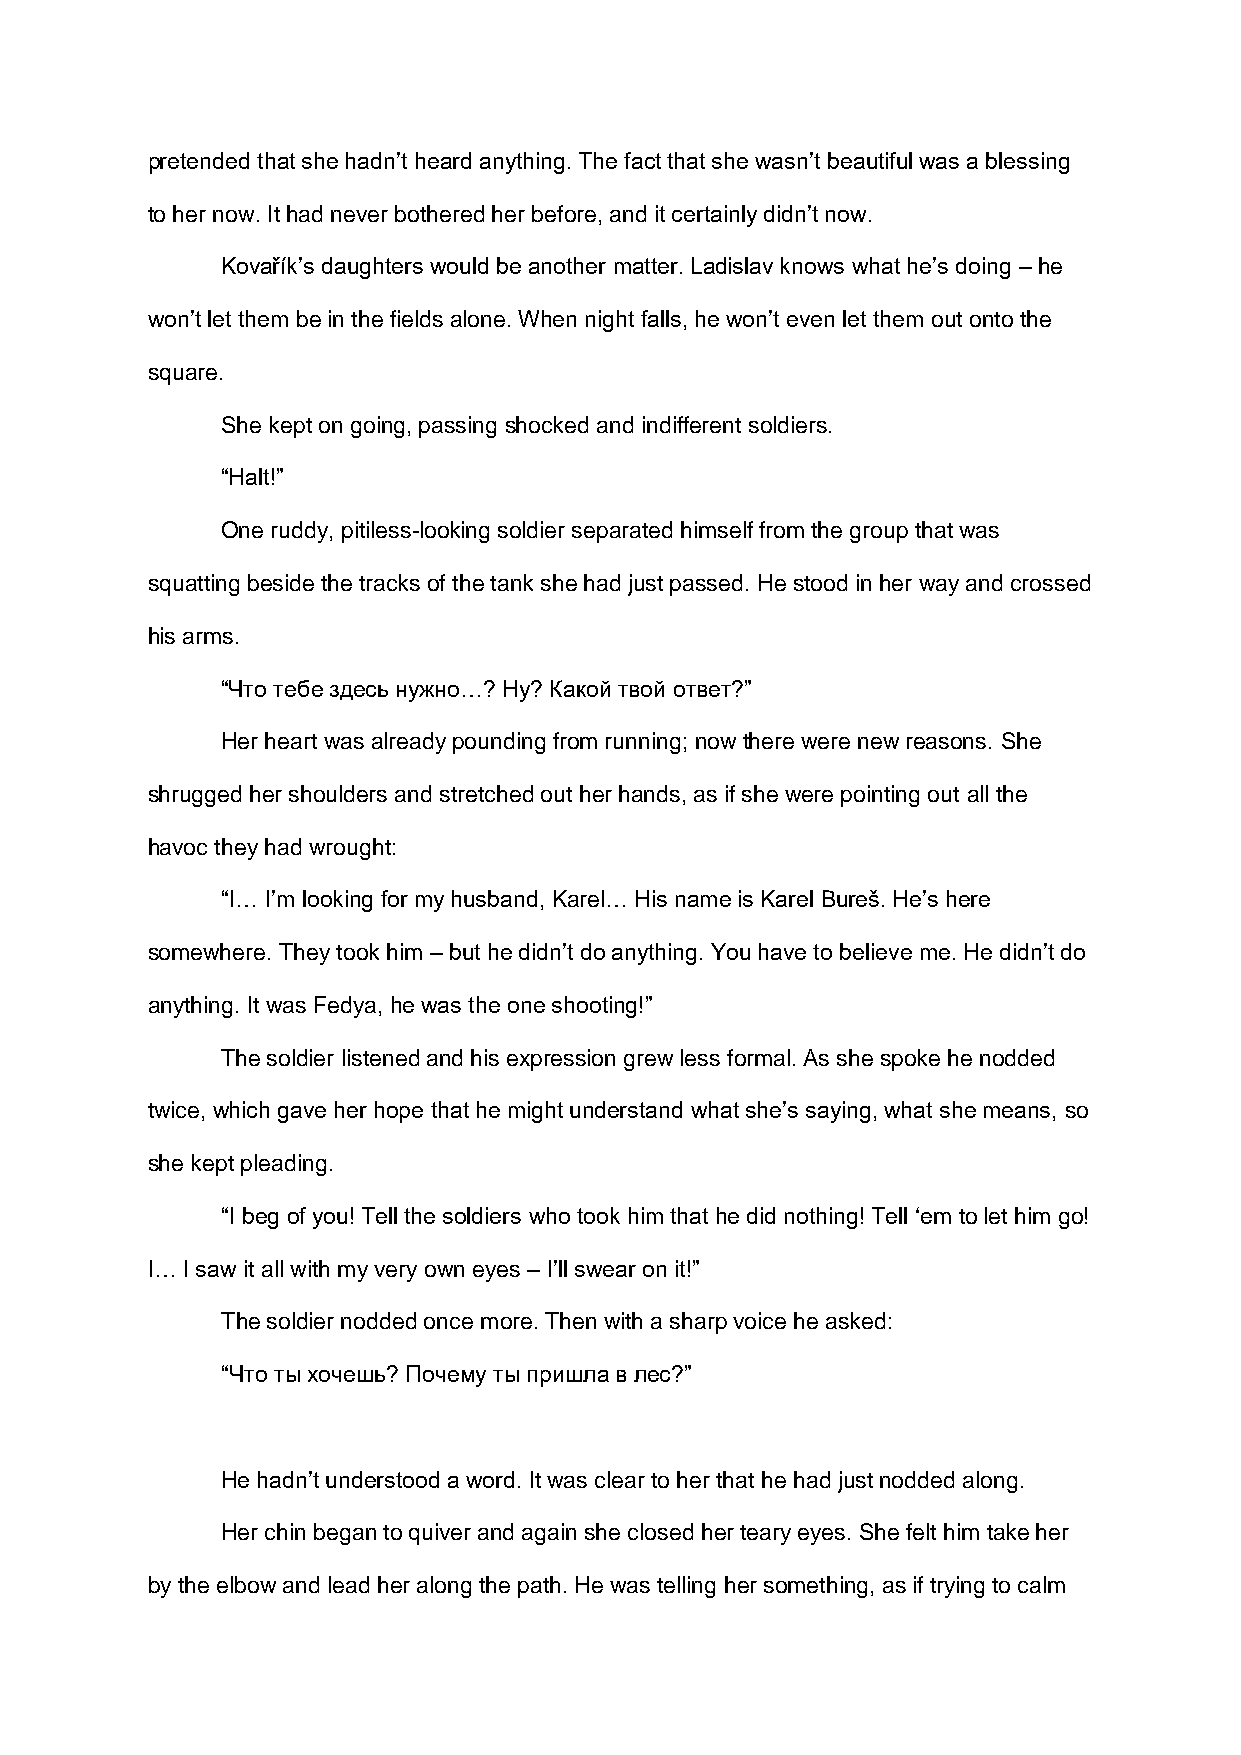
pretended that she hadn’t heard anything. The fact that she wasn’t beautiful was a blessing
 to her now. It had never bothered her before, and it certainly didn’t now.
 Kovařík’s daughters would be another matter. Ladislav knows what he’s doing – he
 won’t let them be in the fields alone. When night falls, he won’t even let them out onto the
 square.
 She kept on going, passing shocked and indifferent soldiers.
 “Halt!”
 One ruddy, pitiless-looking soldier separated himself from the group that was
 squatting beside the tracks of the tank she had just passed. He stood in her way and crossed
 his arms.
 “Что тебе здесь нужно…? Ну? Какой твой ответ?”
 Her heart was already pounding from running; now there were new reasons. She
 shrugged her shoulders and stretched out her hands, as if she were pointing out all the
 havoc they had wrought:
 “I… I’m looking for my husband, Karel… His name is Karel Bureš. He’s here
 somewhere. They took him – but he didn’t do anything. You have to believe me. He didn’t do
 anything. It was Fedya, he was the one shooting!”
 The soldier listened and his expression grew less formal. As she spoke he nodded
 twice, which gave her hope that he might understand what she’s saying, what she means, so
 she kept pleading.
 “I beg of you! Tell the soldiers who took him that he did nothing! Tell ‘em to let him go!
 I… I saw it all with my very own eyes – I’ll swear on it!”
 The soldier nodded once more. Then with a sharp voice he asked:
 “Что ты хочешь? Почему ты пришла в лес?”
 He hadn’t understood a word. It was clear to her that he had just nodded along.
 Her chin began to quiver and again she closed her teary eyes. She felt him take her
 by the elbow and lead her along the path. He was telling her something, as if trying to calm